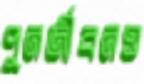
পুনর্জীবনও